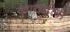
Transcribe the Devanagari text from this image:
कावर्डली